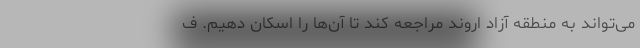
می‌تواند به منطقه آزاد اروند مراجعه کند تا آن‌ها را اسکان دهیم. ف